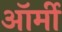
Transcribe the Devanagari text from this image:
ऑर्मी